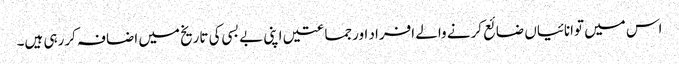
اس میں توانائیاں ضائع کرنے والے افراد اورجماعتیں اپنی بے بسی کی تاریخ میں اضافہ کررہی ہیں۔